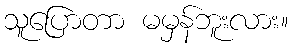
သူပြောတာ မမှန်ဘူးလား။